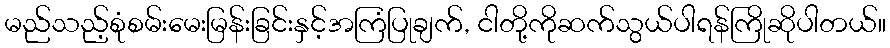
မည်သည့်စုံစမ်းမေးမြန်းခြင်းနှင့်အကြံပြုချက်, ငါတို့ကိုဆက်သွယ်ပါရန်ကြိုဆိုပါတယ်။